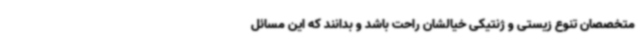
متخصصان تنوع زیستی و ژنتیکی خیالشان راحت باشد و بدانند که این مسائل